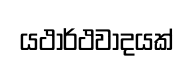
යථාර්ථවාදයක්